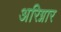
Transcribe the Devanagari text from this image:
अरिग्नार